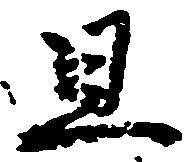
且